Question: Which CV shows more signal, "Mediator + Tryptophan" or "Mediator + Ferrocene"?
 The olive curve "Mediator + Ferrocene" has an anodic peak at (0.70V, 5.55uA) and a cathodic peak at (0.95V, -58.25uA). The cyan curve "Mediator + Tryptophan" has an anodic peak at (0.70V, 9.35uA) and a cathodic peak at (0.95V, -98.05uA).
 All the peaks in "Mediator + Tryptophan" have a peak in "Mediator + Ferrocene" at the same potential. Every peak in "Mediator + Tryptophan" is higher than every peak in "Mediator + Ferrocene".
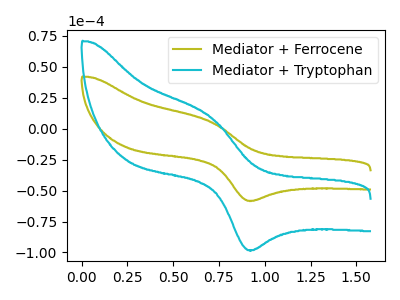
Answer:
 <answer>"Mediator + Tryptophan" has more signal than "Mediator + Ferrocene".</answer>
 <eval>more_signal</eval>